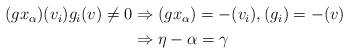
LaTeX: \begin{align*}\begin{aligned}(gx_\alpha)(v_i)g_i(v)\neq0&\Rightarrow (gx_\alpha)=-(v_i), (g_i)=-(v)\\&\Rightarrow\eta-\alpha=\gamma\end{aligned}\end{align*}